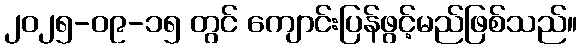
၂၀၂၅-၀၉-၁၅ တွင် ကျောင်းပြန်ဖွင့်မည်ဖြစ်သည်။